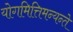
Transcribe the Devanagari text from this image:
योगमित्तिमन्यन्ते